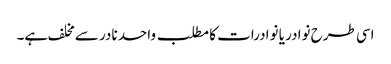
اسی طرح نوادر یا نوادرات کا مطلب واحد نادر سے مخلف ہے۔